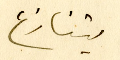
يتنازع